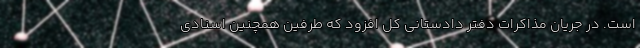
است. در جریان مذاکرات دفتر دادستانی کل افزود که طرفین همچنین اسنادی